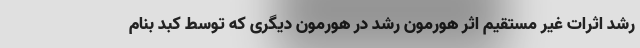
رشد اثرات غیر مستقیم اثر هورمون رشد در هورمون دیگری که توسط کبد بنام